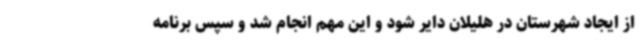
از ایجاد شهرستان در هلیلان دایر شود و این مهم انجام شد و سپس برنامه